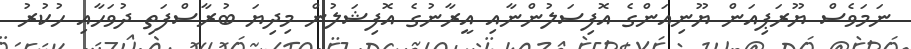
ނަމަވެސް ޔޫރަޕިއަން ޔޫނިއަންގެ އޮފިސަލުންނާއި އީރާނުގެ އޮފިޝަލުން މިދިޔަ ބުރާސްފަތި ދުވަހާއި ހުކުރު